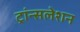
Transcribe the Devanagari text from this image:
ट्रांन्सलेशन